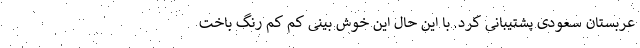
عربستان سعودی پشتیبانی کرد. با این حال این خوش بینی کم کم رنگ باخت